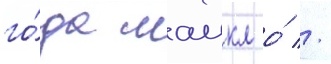
го́да маикл о́ //